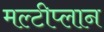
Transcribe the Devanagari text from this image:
मल्टीप्लान